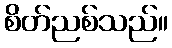
စိတ်ညစ်သည်။